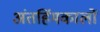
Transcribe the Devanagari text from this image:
अंतर्हिमकालों